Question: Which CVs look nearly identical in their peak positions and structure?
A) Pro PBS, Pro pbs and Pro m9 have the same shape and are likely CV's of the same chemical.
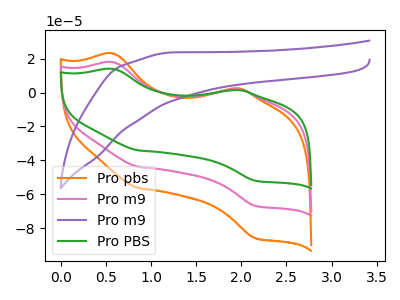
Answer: <think>The orange curve "Pro pbs" has anodic peaks at (0.60V, 35.70uA) (1.90V, 3.60uA) and cathodic peaks at (0.85V, -87.70uA) (2.15V, -133.55uA). The pink curve "Pro m9" has anodic peaks at (0.60V, 17.85uA) (1.90V, 1.80uA) and cathodic peaks at (0.85V, -43.85uA) (2.15V, -66.80uA). The purple curve "Pro m9" has no peaks. The green curve "Pro PBS" has anodic peaks at (0.60V, 13.90uA) (1.90V, 1.40uA) and cathodic peaks at (0.85V, -34.15uA) (2.15V, -51.95uA).
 All the peaks in "Pro pbs" have a peak in "Pro m9" at the same potential. Every peak in "Pro pbs" is higher than every peak in "Pro m9". "Pro pbs" and "Pro m9" have a different number of peaks. All the peaks in "Pro pbs" have a peak in "Pro PBS" at the same potential. Every peak in "Pro pbs" is higher than every peak in "Pro PBS". "Pro m9" and "Pro m9" have a different number of peaks. All the peaks in "Pro m9" have a peak in "Pro PBS" at the same potential. Every peak in "Pro m9" is higher than every peak in "Pro PBS". "Pro m9" and "Pro PBS" have a different number of peaks.</think>
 <answer>A) "Pro PBS", "Pro pbs" and "Pro m9" have the same shape and are likely CV's of the same chemical.</answer>
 <eval>A</eval>